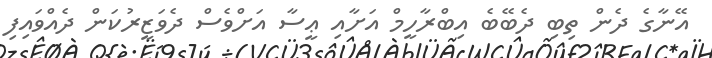
އޭނާގެ ދެން ތިބި ދެބޭބެ އިބްރާހީމް އަށާއި ޢީސާ އަށްވެސް ދެވަޒީރުކަން ދެއްވައިފި